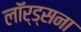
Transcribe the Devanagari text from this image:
लॉर्ड्सना